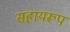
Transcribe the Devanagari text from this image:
सहायरूप